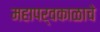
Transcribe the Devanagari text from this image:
महापर्वकाळाचे